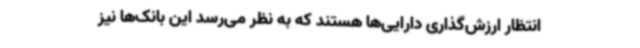
انتظار ارزش‌گذاری دارایی‌ها هستند که به نظر می‌رسد این بانک‌ها نیز